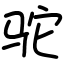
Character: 驼